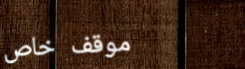
موقف خاص